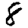
Digit: 8